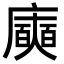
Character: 𭚈